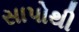
સાપોથી